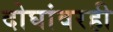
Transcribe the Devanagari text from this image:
दोघांवरही